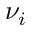
\nu _ { i }